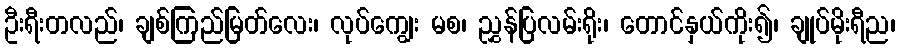
ဦးရီးတလည်၊ ချစ်ကြည်မြတ်လေး၊ လုပ်ကျွေး မစ၊ ညွှန်ပြလမ်းရိုး၊ တောင်နှယ်ကိုး၍၊ ချုပ်မိုးရီည၊